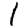
Digit: 1